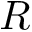
R